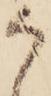
か